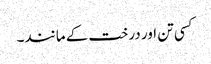
کسی تن اور درخت کے مانند۔